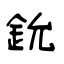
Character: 鈗